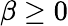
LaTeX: \beta\geq 0